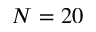
N = 2 0